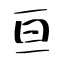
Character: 亘